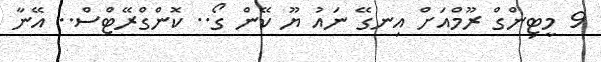
9 މީޓިންގް ރޫމްއަށް އިނގޭ ނައު ޔޫ ކޭން ގޯ.. ކޮންގްރޭޓްސް.. އޭނާ